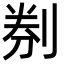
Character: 㓬